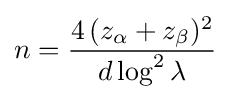
n={\frac {4\,(z_{\alpha }+z_{\beta })^{2}}{d\log ^{2}{\lambda }}}